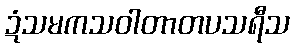
ဍံသမကသဝါတာတပသရီသ